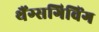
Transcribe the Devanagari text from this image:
थैंग्सगिविंग